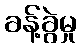
ခန့်ခွဲမှု